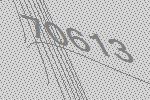
70613